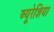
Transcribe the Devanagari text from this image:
ब्यूरेशिया